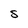
Character: S